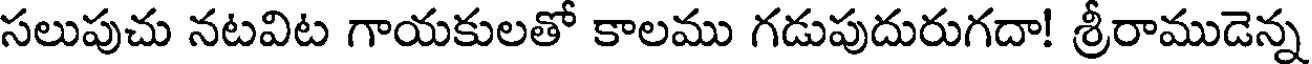
సలుపుచు నటవిట గాయకులతో కాలము గడుపుదురుగదా! శ్రీరాముడెన్న